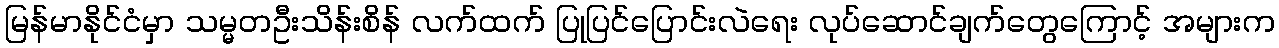
မြန်မာနိုင်ငံမှာ သမ္မတဦးသိန်းစိန် လက်ထက် ပြုပြင်ပြောင်းလဲရေး လုပ်ဆောင်ချက်တွေကြောင့် အများက